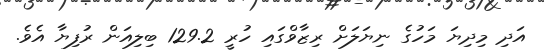
އަދި މިދިޔަ މަހުގެ ނިޔަލަށް ރިޒާވްގައި ހުރީ 129.2 ބިލިއަން ރުފިޔާ އެވެ.